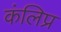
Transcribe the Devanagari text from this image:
कंलिप्र